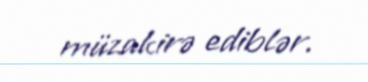
müzakirə ediblər.